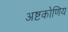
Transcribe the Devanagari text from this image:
अष्टकोणिय